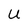
Character: U